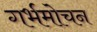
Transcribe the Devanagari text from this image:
गर्भमोचन